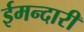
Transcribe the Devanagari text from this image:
ईमन्दारी